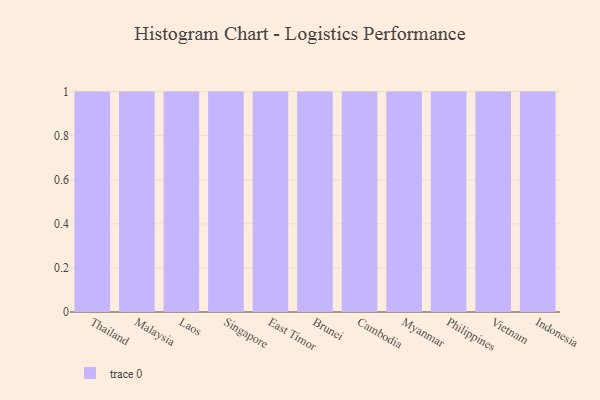
{"axis": {"x": "Country", "y": "Bounce Rate (%)"}, "legend": [""], "data": [{"x": "Thailand", "y": 53, "type": ""}, {"x": "Malaysia", "y": 38, "type": ""}, {"x": "Laos", "y": 37, "type": ""}, {"x": "Singapore", "y": 63, "type": ""}, {"x": "East Timor", "y": 64, "type": ""}, {"x": "Brunei", "y": 63, "type": ""}, {"x": "Cambodia", "y": 5, "type": ""}, {"x": "Myanmar", "y": 29, "type": ""}, {"x": "Philippines", "y": 45, "type": ""}, {"x": "Vietnam", "y": 72, "type": ""}, {"x": "Indonesia", "y": 44, "type": ""}]}